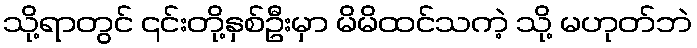
သို့ရာတွင် ၎င်းတို့နှစ်ဦးမှာ မိမိထင်သကဲ့ သို့ မဟုတ်ဘဲ